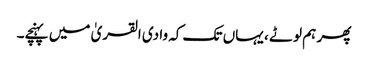
پھر ہم لوٹے ، یہاں تک کہ وادی القریٰ میں پہنچے۔